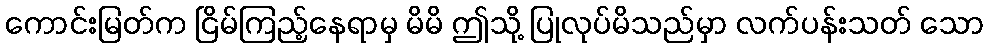
ကောင်းမြတ်က ငြိမ်ကြည့်နေရာမှ မိမိ ဤသို့ ပြုလုပ်မိသည်မှာ လက်ပန်းသတ် သော